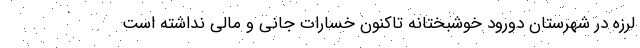
لرزه در شهرستان دورود خوشبختانه تاکنون خسارات جانی و مالی نداشته است